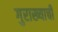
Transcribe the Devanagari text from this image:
गुराख्याची